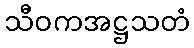
သီဝကအဋ္ဌသတံ